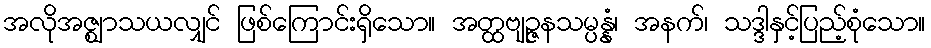
အလိုအဇ္ဈာသယလျှင် ဖြစ်ကြောင်းရှိသော။ အတ္ထဗျဉ္ဇနသမ္ပန္နံ၊ အနက်၊ သဒ္ဒါနှင့်ပြည့်စုံသော။